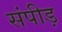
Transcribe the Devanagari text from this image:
संपीड़